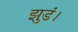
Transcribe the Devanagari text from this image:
झुडं।